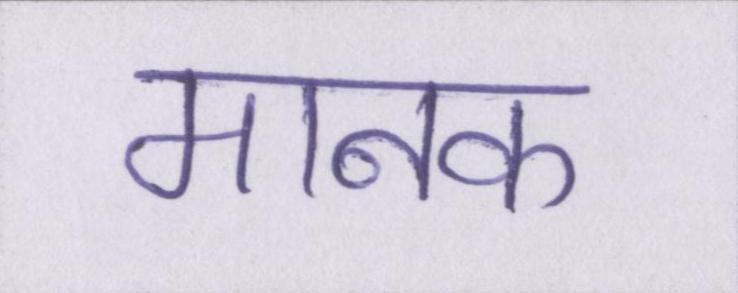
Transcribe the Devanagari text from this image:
मानक